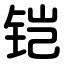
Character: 铠